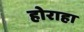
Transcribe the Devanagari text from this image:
होराहा